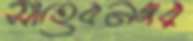
সাহেবনগর